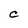
Character: C